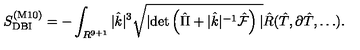
S _ { \mathrm { D B I } } ^ { ( \mathrm { M 1 0 } ) } = - \int _ { R ^ { 9 + 1 } } | { \hat { k } } | ^ { 3 } \sqrt { | \mathrm { d e t } \left( { \hat { \Pi } } + | { \hat { k } } | ^ { - 1 } { \hat { \cal F } } \right) | } { \hat { R } } ( { \hat { T } } , \partial { \hat { T } } , \dots ) .